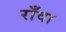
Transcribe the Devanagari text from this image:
राँवा